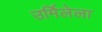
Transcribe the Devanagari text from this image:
उर्मिलेला